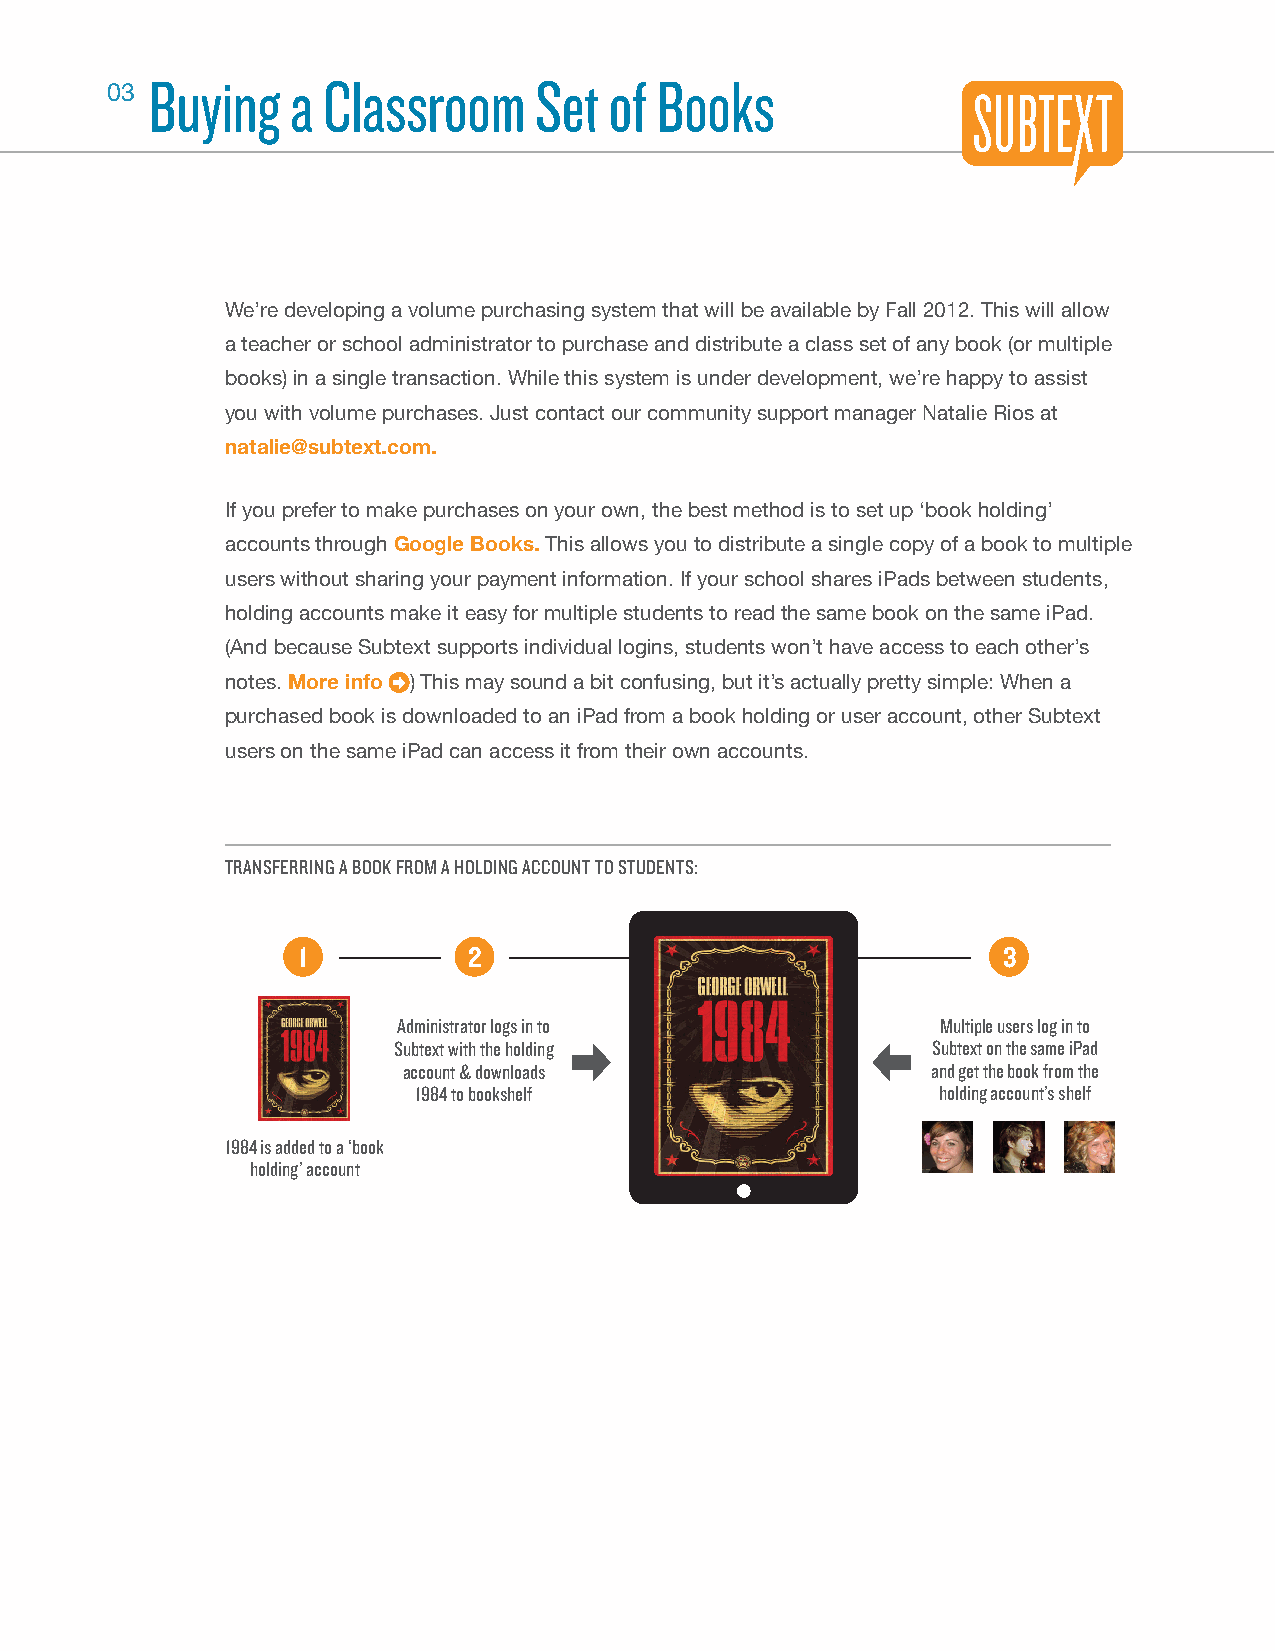
Buying   a Classroom     Set  of Books
 03
 We’re developing a volume purchasing system that will be available by Fall 2012. This will allow
 a teacher or school administrator to purchase and distribute a class set of any book (or multiple
 books) in a single transaction. While this system is under development, we’re happy to assist
 you with volume purchases. Just contact our community support manager Natalie Rios at
 natalie@subtext.com.
 If you prefer to make purchases on your own, the best method is to set up ‘book holding’
 accounts through Google Books. This allows you to distribute a single copy of a book to multiple
 users without sharing your payment information. If your school shares iPads between students,
 holding accounts make it easy for multiple students to read the same book on the same iPad.
 (And because Subtext supports individual logins, students won’t have access to each other’s
 notes. More info ) This may sound a bit confusing, but it’s actually pretty simple: When a
 purchased book is downloaded to an iPad from a book holding or user account, other Subtext
 users on the same iPad can access it from their own accounts.
 TRANSFERRING A BOOK FROM A HOLDING ACCOUNT TO STUDENTS:
 1          2                                  3
 Administrator logs in to            Multiple users log in to
 Subtext with the holding            Subtext on the same iPad
 account & downloads                and get the book from the
 1984 to bookshelf                 holding account’s shelf
 1984 is added to a ‘book
 holding’ account